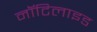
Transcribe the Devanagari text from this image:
नॉटिलाइड